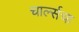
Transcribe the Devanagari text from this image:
चार्ल्सचा